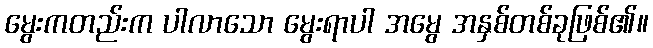
မွေးကတည်းက ပါလာသော မွေးရာပါ အမွေ အနှစ်တစ်ခုဖြစ်၏။